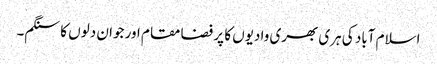
اسلام آباد کی ہری بھری وادیوں کا پر فضا مقام اور جوان دلوں کا سنگم۔